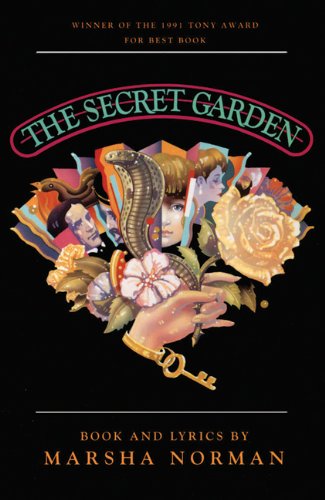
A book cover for The Secret Garden; Marsha Norman; Literature & Fiction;